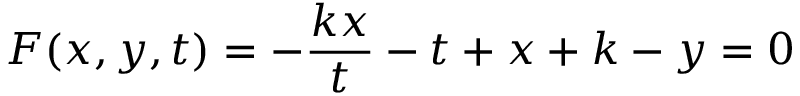
F ( x , y , t ) = - { \frac { k x } { t } } - t + x + k - y = 0